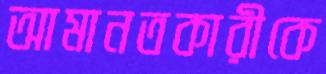
আমানতকারীকে